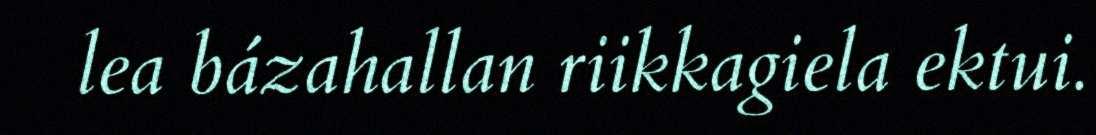
lea bázahallan riikkagiela ektui.